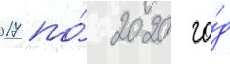
2017 по́ 2020 го́д